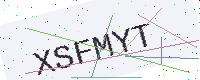
Text: XSFMYT